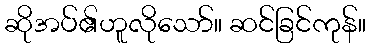
ဆိုအပ်၏ဟူလိုသော်။ ဆင်ခြင်ကုန်။